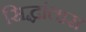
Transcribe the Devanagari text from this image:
सिद्धांतास